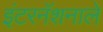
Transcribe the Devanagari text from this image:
इंटरनॅशनाले